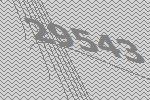
29543